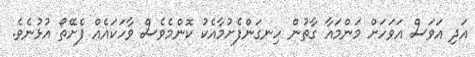
އަދި އަވަސް އަވަހަށް މަންމައާ ގާތުން ހިނގަންފެށުމާއެކު ކޮންމެވެސް ވާހަކައެއް ފެށޭތޯ އުޅުނެވެ.